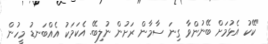
"ކޭކު އެޅުމަށް ބޭނުންވާ ގިނަ ސާމާން ރަށުން ނުލިބޭ. އެކަމަކު އެއްބަނޑު މީހުން